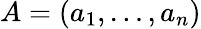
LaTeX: A=\left(a_{1},\ldots,a_{n}\right)